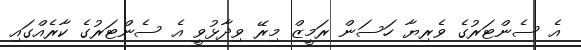
އެ ސެންޓަރުގެ ވެރިޔާ ހަސަން ރަމީޒް މިރޭ ވިދާޅުވީ އެ ސެންޓަރުގެ ކާރެއްގައި